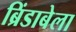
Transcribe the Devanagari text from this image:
ब्रिंडाबेला